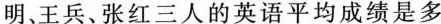
明、王兵、张红三人的英语平均成绩是多